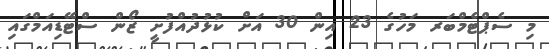
މި ސެޕްޓެމްބަރ މަހުގެ 23 އިން 30 އަށް ކުޅުދުއްފުށީ ޒޯން ސްޓޭޑިއަމްގައި